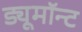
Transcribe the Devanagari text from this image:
ड्यूमॉन्ट